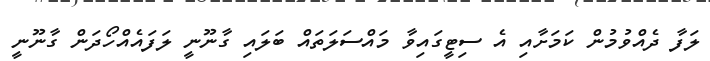
ލަފާ ދެއްވުމުން ކަމަށާއި އެ ސިޓީގައިވާ މައްސަލަތައް ބަލައި ގާނޫނީ ލަފައެއްހޯދަން ގާނޫނީ